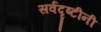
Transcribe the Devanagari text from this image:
सर्वदृष्टीनी